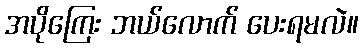
အပိုကြေး ဘယ်လောက် ပေးရမလဲ။